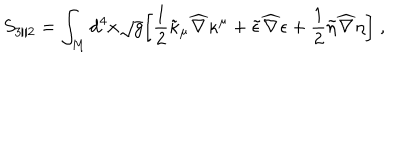
S _ { 3 / 2 } = \int _ { M } d ^ { 4 } x \sqrt { g } \biggr [ { \frac { 1 } { 2 } } \tilde { \kappa } _ { \mu } { \widehat \nabla } \kappa ^ { \mu } + \tilde { \epsilon } { \widehat \nabla } \epsilon + { \frac { 1 } { 2 } } \tilde { \eta } { \widehat \nabla } \eta \biggr ] \; ,